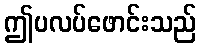
ဤပလပ်ဖောင်းသည်